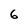
Character: 6